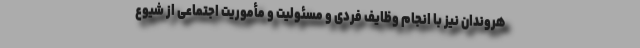
هروندان نیز با انجام وظایف فردی و مسئولیت و مأموریت اجتماعی از شیوع